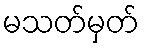
မသတ်မှတ်